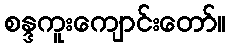
စန္ဒကူးကျောင်းတော်။